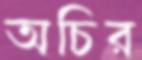
অচির